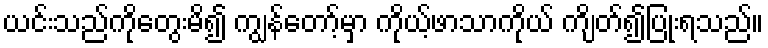
ယင်းသည်ကိုတွေးမိ၍ ကျွန်တော့်မှာ ကိုယ့်ဖာသာကိုယ် ကျိတ်၍ပြုံးရသည်။